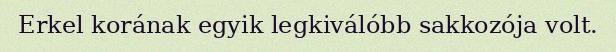
Erkel korának egyik legkiválóbb sakkozója volt.